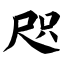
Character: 咫